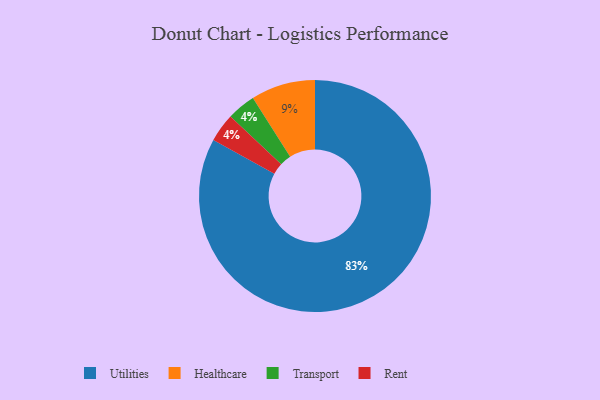
{"axis": {"x": "Category", "y": "Percentage"}, "legend": ["Healthcare", "Rent", "Transport", "Utilities"], "data": [{"x": "Utilities", "y": 83, "type": "Utilities"}, {"x": "Transport", "y": 4, "type": "Transport"}, {"x": "Healthcare", "y": 9, "type": "Healthcare"}, {"x": "Rent", "y": 4, "type": "Rent"}]}